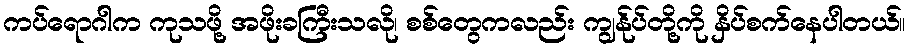
ကပ်ရောဂါက ကုသဖို့ အဖိုးခကြီးသလို၊ စစ်တွေကလည်း ကျွန်ုပ်တို့ကို နှိပ်စက်နေပါတယ်။